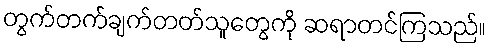
တွက်တက်ချက်တတ်သူတွေကို ဆရာတင်ကြသည်။